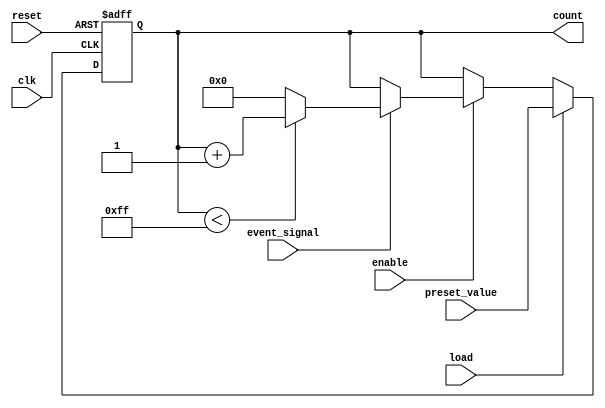
module event_counter #(
    parameter WIDTH = 8,          // Width of the counter (e.g., 8 for 0-255)
    parameter MAX_COUNT = 255     // Maximum count value
)(
    input wire clk,               // Clock signal
    input wire reset,             // Asynchronous reset signal
    input wire enable,            // Enable signal for counting
    input wire event_signal,      // Input event signal to trigger counting
    input wire [WIDTH-1:0] preset_value, // Value to load into the counter
    input wire load,              // Load signal to load preset value
    output reg [WIDTH-1:0] count  // Current count value output
);

    // Internal count register
    reg [WIDTH-1:0] count_reg;

    // Always block for counting and control logic
    always @(posedge clk or posedge reset) begin
        if (reset) begin
            count_reg <= 0; // Reset the counter
        end else if (load) begin
            count_reg <= preset_value; // Load preset value into counter
        end else if (enable) begin
            if (event_signal) begin
                if (count_reg < MAX_COUNT) begin
                    count_reg <= count_reg + 1; // Increment the counter
                end else begin
                    count_reg <= 0; // Wrap around on overflow
                end
            end
        end
    end

    // Assign the current count value to output
    always @(*) begin
        count = count_reg;
    end

endmodule